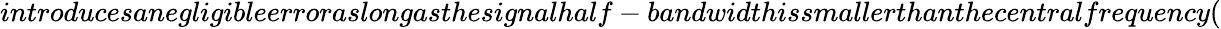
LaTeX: introducesanegligibleerroraslongasthesignalhalf-bandwidthissmallerthanthecentralfrequency(